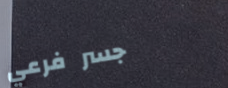
جسر فرعي